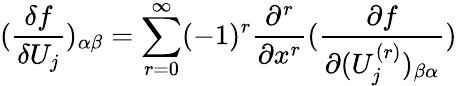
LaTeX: (\frac{\delta f}{\delta U_{j}})_{\alpha\beta}=\sum_{r=0}^{\infty}(-1)^{r}\frac{\partial^{r}}{\partial x^{r}}(\frac{\partial f}{\partial(U_{j}^{(r)})_{\beta\alpha}})